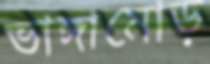
ভাঙ্গামোড়